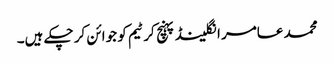
محمد عامر انگلینڈ پہنچ کر ٹیم کو جوائن کر چکے ہیں۔